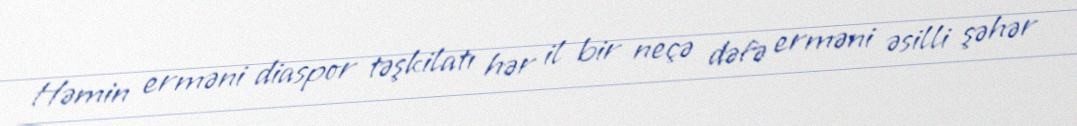
Həmin erməni diaspor təşkilatı hər il bir neçə dəfə erməni əsilli şəhər